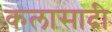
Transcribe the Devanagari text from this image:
कलासादी